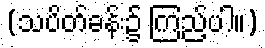
(သပိတ်ခန်း၌ ကြည့်ပါ။)